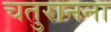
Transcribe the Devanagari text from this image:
चतुरानना